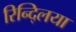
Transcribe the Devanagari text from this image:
रिन्द्लिया